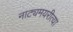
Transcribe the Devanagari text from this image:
नाट्यमयरीत्या